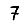
Digit: 7